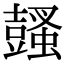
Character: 𧒕